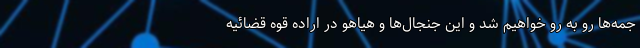
جمه‌ها رو به رو خواهیم شد و این جنجال‌ها و هیاهو در اراده قوه قضائیه